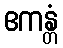
ဧကန္တံ